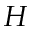
H